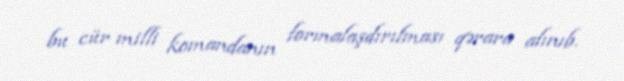
bu cür milli komandanın formalaşdırılması qərara alınıb.